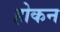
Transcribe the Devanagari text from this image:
होकन